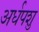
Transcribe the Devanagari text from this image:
अर्धपशु